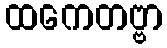
ထကေတဗ္ဗာ